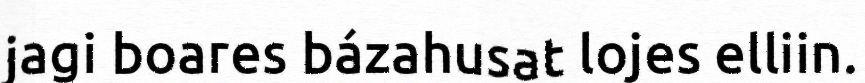
jagi boares bázahusat lojes elliin.